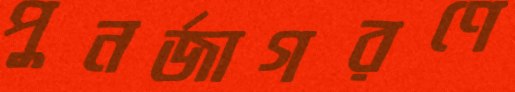
পুনর্জাগরণে